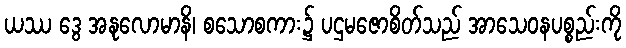
ယဿ ဒွေ အနုလောမာနိ၊ စသောစကား၌ ပဌမဇောစိတ်သည် အာသေဝနပစ္စည်းကို